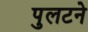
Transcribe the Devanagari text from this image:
पुलटने